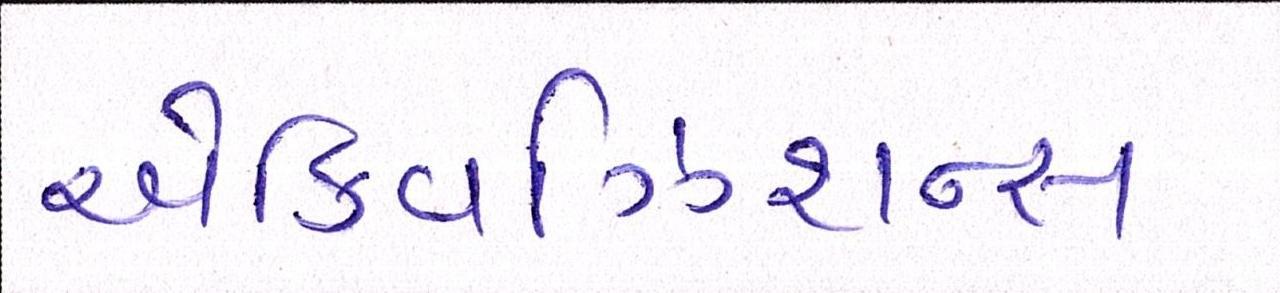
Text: એક્વિઝિશન્સ